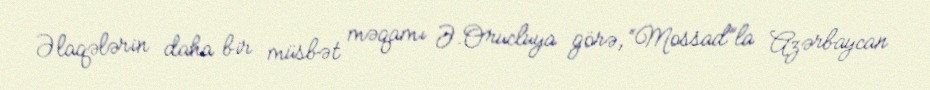
Əlaqələrin daha bir müsbət məqamı Ə.Orucluya görə, “Mossad”la Azərbaycan